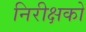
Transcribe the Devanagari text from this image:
निरीक्षको